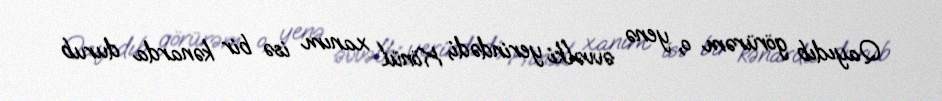
Qayıdıb görürəm o, yenə əvvəlki yerindədi, Könül xanım isə bir kənarda durub